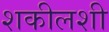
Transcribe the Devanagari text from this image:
शकीलशी